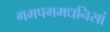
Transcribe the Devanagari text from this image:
गमपगमधनिसां